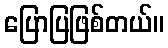
ပြောပြဖြစ်တယ်။